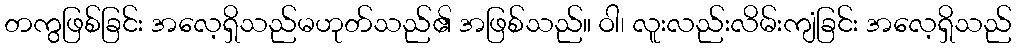
တကွဖြစ်ခြင်း အလေ့ရှိသည်မဟုတ်သည်၏ အဖြစ်သည်။ ဝါ၊ လူးလည်းလိမ်းကျံခြင်း အလေ့ရှိသည်